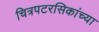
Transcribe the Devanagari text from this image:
चित्रपटरसिकांच्या